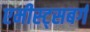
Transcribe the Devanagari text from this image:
एमीस्ट्सबर्ग